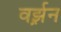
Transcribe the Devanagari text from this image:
वर्झ़न